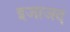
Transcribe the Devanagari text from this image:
इजाजद